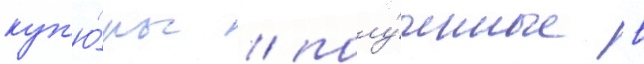
куп'ю́ры / полу́ченные в